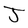
Character: J